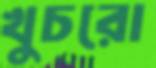
খুচরো